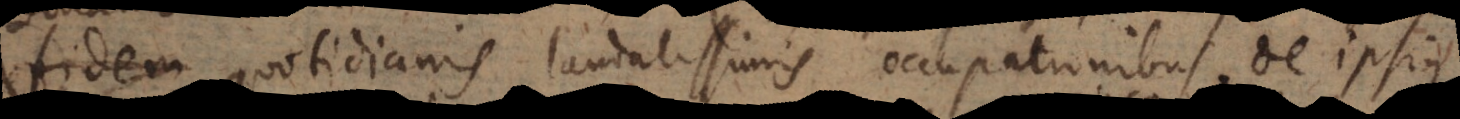
fidem quotidianis laudatissimis occupationibus, de ipsius